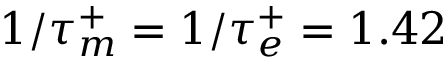
1 / \tau _ { m } ^ { + } = 1 / \tau _ { e } ^ { + } = 1 . 4 2